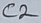
Text: C2